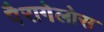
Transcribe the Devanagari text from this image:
पैरागेलोस